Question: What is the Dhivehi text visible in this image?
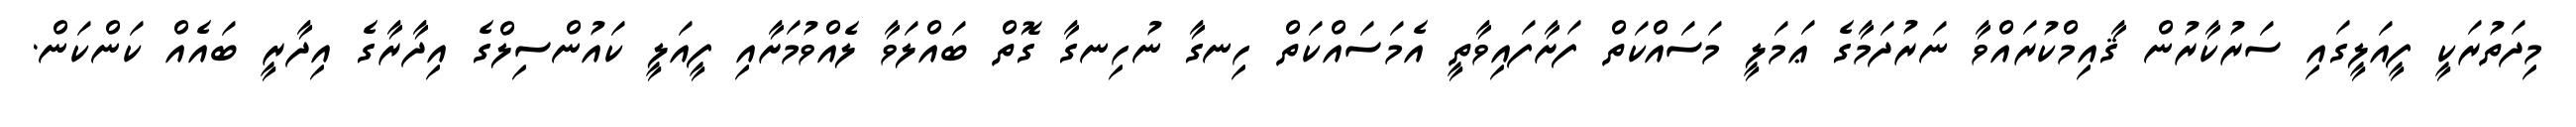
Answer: މިދަތުރަކީ ފީއަލީގައި ސަރުކާރުން ޤާއިމްކުރައްވާ ނަރުދަމާގެ ޢަމަލީ މަސައްކަތް ފަށާފައިވާތީ އެމަސައްކަތް ހިނގާ ނުހިނގާ ގޮތް ބައްލަވާ ލެއްވުމަށާއި ފީއަލީ ކައުންސިލްގެ އިދާރާގެ އިދާރީ ބައެއް ކަންކަން.